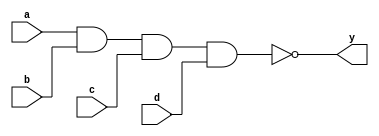
// 4-input NAND gate used in my programable-8-bit-microprocessor

module nand4_gate(
    input       a, b, c, d,  // 4-Input
    output      y);          // Output

    // GATE PRIMITIVE
    nand (y, a, b, c, d);

endmodule

module nand4_dataflow(
    input       a, b, c, d,  // 4-Input
    output      y);          // Output


    // CONTINUOUS ASSIGNMENT STATEMENT
    assign y = ~(a & b & c & d);

endmodule

module nand4_behavioral(
    input       a, b, c, d,  // 4-Input
    output reg  y);          // Output

    // ALWAYS BLOCK with NON-BLOCKING PROCEDURAL ASSIGNMENT STATEMENT
    always @(a or b or c or d) begin
        y <= ~(a & b & c & d);
    end

endmodule